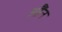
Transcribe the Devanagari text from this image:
औंन